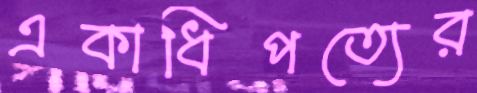
একাধিপত্যের